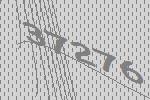
37276